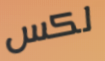
لكس